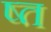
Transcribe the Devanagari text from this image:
ष्त